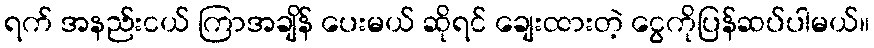
ရက် အနည်းငယ် ကြာအချိန် ပေးမယ် ဆိုရင် ချေးထားတဲ့ ငွေကိုပြန်ဆပ်ပါမယ်။